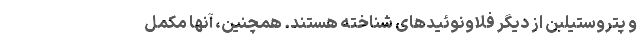
و پتروستیلبن از دیگر فلاونوئیدهای شناخته هستند. همچنین، آنها مکمل